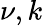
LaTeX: \nu,k